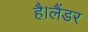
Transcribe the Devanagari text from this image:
है।लैंडर